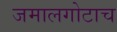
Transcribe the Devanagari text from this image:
जमालगोटाच